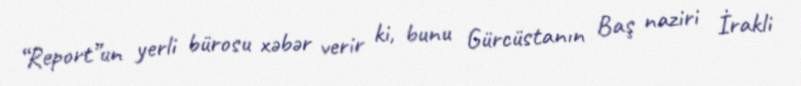
“Report”un yerli bürosu xəbər verir ki, bunu Gürcüstanın Baş naziri İrakli